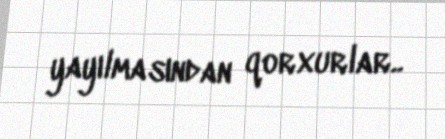
yayılmasından qorxurlar..